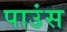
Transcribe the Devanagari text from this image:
पाउंस